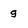
Character: g